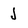
Character: J